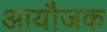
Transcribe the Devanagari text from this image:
आयौजक